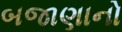
બજાણાનો